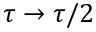
\tau \to \tau / 2